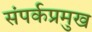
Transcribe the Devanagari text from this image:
संपर्कप्रमुख